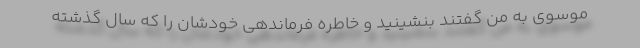
موسوی به من گفتند بنشینید و خاطره فرماندهی خودشان را که سال گذشته